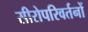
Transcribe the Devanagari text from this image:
सीरोपरिवर्तनों